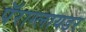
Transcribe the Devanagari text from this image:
पॅराग्लायडर